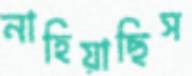
নাহিয়াছিস